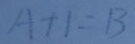
A + 1 = B